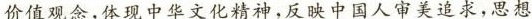
价值观念，体现中华文化精神,反映中国人审美追求,思想